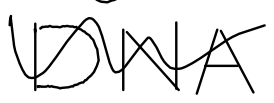
Text: DNA
Cross-out: wave
Writing tool: digital_black